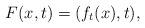
LaTeX: \begin{align*}F(x,t)=(f_t(x),t),\end{align*}